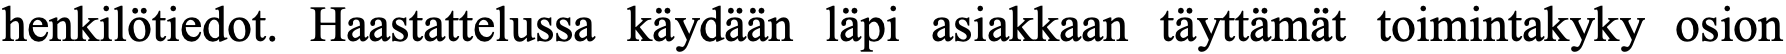
henkilötiedot. Haastattelussa käydään läpi asiakkaan täyttämät toimintakyky osion